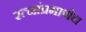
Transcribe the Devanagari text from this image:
रत्‍नांप्रमाणेच